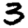
Digit: 3